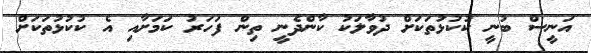
އަނީސް ބުނީ ކުކުޅުތަކަށް ދުވާލަކު ކާންދެނީ ތިން ފަހަރު ކަމަށާއި އެ ކުކުޅުތަކަށް